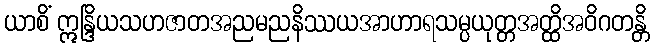
ယာစိံ ဣန္ဒြိယသဟဇာတအညမညနိဿယအာဟာရသမ္ပယုတ္တအတ္ထိအဝိဂတန္တိ